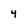
Character: 4